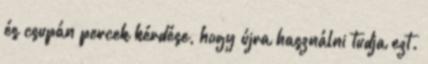
és csupán percek kérdése, hogy újra használni tudja ezt.